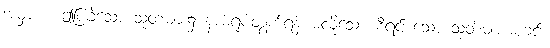
အမှာ။ ။ ဤပြခဲ့သော သုတ်များ၌ နာမ်ရုပ်တွက်ရန် မလိုသေး၊ စီရင် သော သုတ်များမစုံခင်